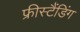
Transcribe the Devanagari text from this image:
फ्रीस्टैंडिंग